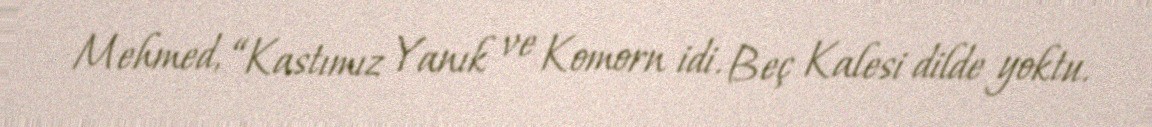
Mehmed, “Kastımız Yanık ve Komorn idi. Beç Kalesi dilde yoktu.